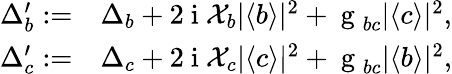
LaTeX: \begin{array}{rl}{\Delta_{b}^{\prime}:=}&{{}\Delta_{b}+2\mathrm{~i~}\mathcal{X}_{b}|\langle b\rangle|^{2}+\mathrm{~g~}_{bc}|\langle c\rangle|^{2},}\\ {\Delta_{c}^{\prime}:=}&{{}\Delta_{c}+2\mathrm{~i~}\mathcal{X}_{c}|\langle c\rangle|^{2}+\mathrm{~g~}_{bc}|\langle b\rangle|^{2},}\end{array}